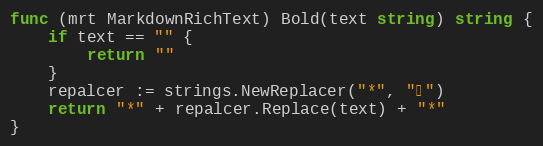
Language: Go
func (mrt MarkdownRichText) Bold(text string) string {
	if text == "" {
		return ""
	}
	repalcer := strings.NewReplacer("*", "∗")
	return "*" + repalcer.Replace(text) + "*"
}